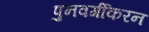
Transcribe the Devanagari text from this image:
पुनवर्गीकरन